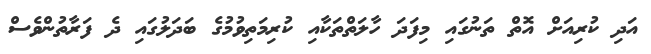
އަދި ކުރިއަށް އޮތް ތަނުގައި މިފަދަ ހާލަތްތަކާއި ކުރިމަތިވުމުގެ ބަދަލުގައި ދެ ފަރާތުންވެސް